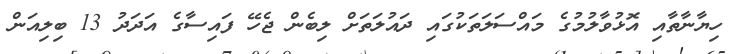
ހިޔާނާތާއި އޮޅުވާލުމުގެ މައްސަލަތަކުގައި ދައުލަތަށް ލިބެން ޖެހޭ ފައިސާގެ އަދަދު 13 ބިލިއަން